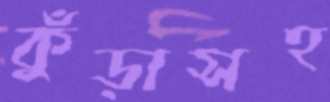
কুঁড়াসহ